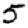
Digit: 5